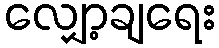
လျှော့ချရေး